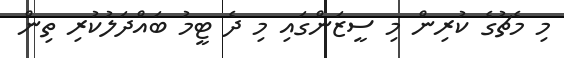
މި މެޗުގެ ކުރިން މި ސީޒަންގައި މި ދެ ޓީމު ބައްދަލުކުރި ތިން